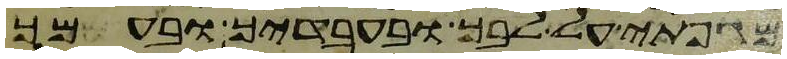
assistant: מגפתי על לבך ובעבדיך ובעמך